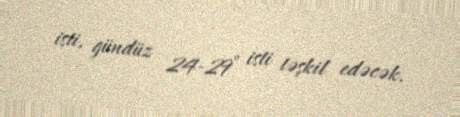
isti, gündüz 24-29° isti təşkil edəcək.